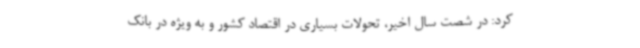
کرد: در شصت سال اخیر، تحولات بسیاری در اقتصاد کشور و به ویژه در بانک